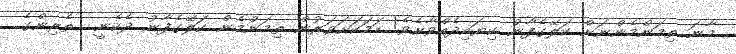
މާނަ ތިމަންމެންނަށް ކަލޭގެފާނު ކިޔައިދެއްވާށެވެ! ހަމަކަށަވަރުން ތިމަންމެން ކަލޭގެފާނު ދެކެނީ  ތެރިންގެ